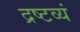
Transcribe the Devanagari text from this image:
द्रष्टव्यं